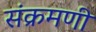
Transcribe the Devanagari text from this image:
संक्रमणी